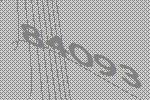
84093